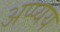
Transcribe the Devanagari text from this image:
अप्प्यय